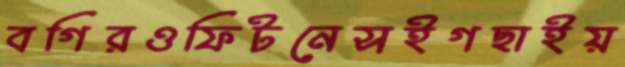
বগিরওফিটনেসইগছাইয়